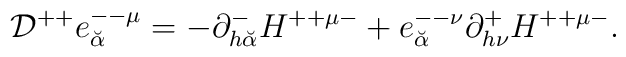
{\cal D}^{++} e^{--\mu}_{\breve\alpha} =                - \partial^-_{h {\breve\alpha}} H^{++ \mu -}+e^{--\nu}_{\breve\alpha} \partial^+_{h \nu} H^{++ \mu -} .